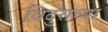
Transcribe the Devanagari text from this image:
विदुराच्या